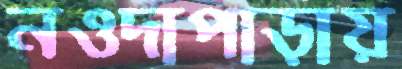
নওদাপাড়ায়